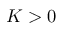
K > 0